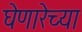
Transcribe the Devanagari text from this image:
घेणारेच्या